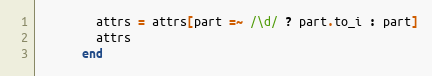
Language: Ruby
        attrs = attrs[part =~ /\d/ ? part.to_i : part]
        attrs
      end